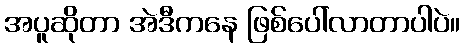
အပူဆိုတာ အဲဒီကနေ ဖြစ်ပေါ်လာတာပါပဲ။